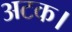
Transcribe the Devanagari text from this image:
अटक।